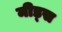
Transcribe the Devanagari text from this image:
मीड्स